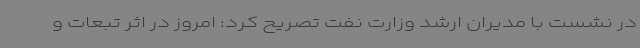
در نشست با مدیران ارشد وزارت نفت تصریح کرد: امروز در اثر تبعات و